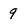
Character: 9